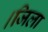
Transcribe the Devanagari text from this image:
।जिला